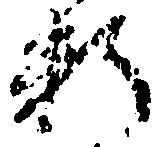
料